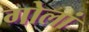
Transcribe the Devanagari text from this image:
गोलां